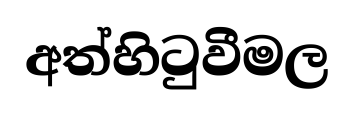
අත්හිටුවීමල